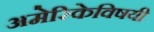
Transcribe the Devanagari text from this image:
अमेरिकेविषयी